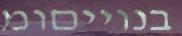
בנוייםומ